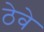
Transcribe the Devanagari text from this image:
ठेवे